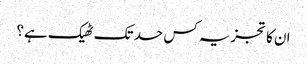
ان کا تجزیہ کس حد تک ٹھیک ہے؟